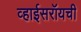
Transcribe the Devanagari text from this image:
व्हाईसरॉयची